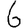
Digit: 6